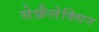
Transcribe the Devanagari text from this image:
सेफ़ैलेक्सिन